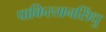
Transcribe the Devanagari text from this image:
पाकिस्तानसिंधु